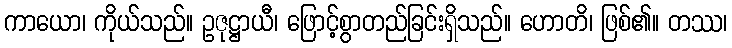
ကာယော၊ ကိုယ်သည်။ ဥဇုဋ္ဌာယီ၊ ဖြောင့်စွာတည်ခြင်းရှိသည်။ ဟောတိ၊ ဖြစ်၏။ တဿ၊